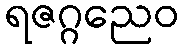
ရဇဂ္ဂညေဝ